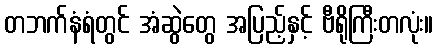
တဘက်နံရံတွင် အံဆွဲတွေ အပြည့်နှင့် ဗီရိုကြီးတလုံး။